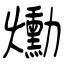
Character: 爋